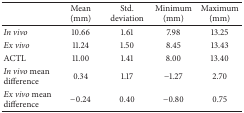
<table><thead><tr><td><b> </b></td><td><b>Mean (mm)</b></td><td><b>Std. deviation</b></td><td><b>Minimum (mm)</b></td><td><b>Maximum (mm)</b></td></tr></thead><tbody><tr><td><i>In vivo </i></td><td>10.66</td><td>1.61</td><td>7.98</td><td>13.25</td></tr><tr><td><i>Ex vivo </i></td><td>11.24</td><td>1.50</td><td>8.45</td><td>13.43</td></tr><tr><td>ACTL</td><td>11.00</td><td>1.41</td><td>8.00</td><td>13.40</td></tr><tr><td><i>In vivo</i> mean difference</td><td>0.34</td><td>1.17</td><td>−1.27</td><td>2.70</td></tr><tr><td><i>Ex vivo</i> mean difference</td><td>−0.24</td><td> 0.40</td><td>−0.80</td><td> 0.75</td></tr></tbody></table>